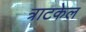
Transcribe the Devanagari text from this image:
त्राटकेल